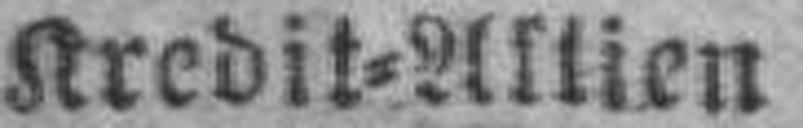
Kredit=Aktien